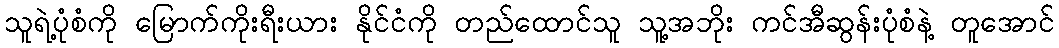
သူရဲ့ပုံစံကို မြောက်ကိုးရီးယား နိုင်ငံကို တည်ထောင်သူ သူ့အဘိုး ကင်အီဆွန်းပုံစံနဲ့ တူအောင်